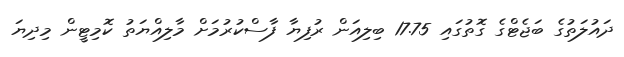
ދައުލަތުގެ ބަޖެޓްގެ ގޮތުގައި 17.75 ބިލިއަން ރުފިޔާ ފާސްކުރުމަށް މާލިއްޔަތު ކޮމިޓީން މިދިޔަ